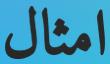
امثال